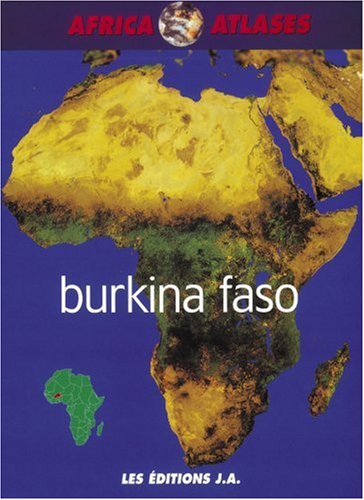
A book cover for Burkina Faso Atlas (Africa Atlases); Les Editions J.A.; Travel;